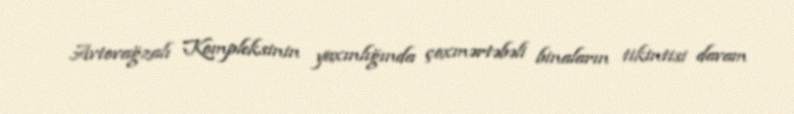
Avtovağzalı Kompleksinin yaxınlığında çoxmərtəbəli binaların tikintisi davam